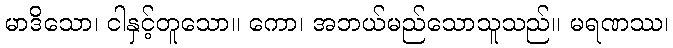
မာဒိသော၊ ငါနှင့်တူသော။ ကော၊ အဘယ်မည်သောသူသည်။ မရဏဿ၊